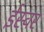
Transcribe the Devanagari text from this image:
ईस्वर